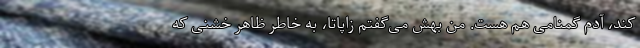
کند، آدم گمنامی هم هست. من بهش می‌گفتم زاپاتا، به خاطر ظاهر خشنی که